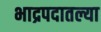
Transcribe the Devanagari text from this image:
भाद्रपदातल्या